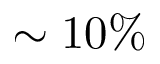
\sim 1 0 \%